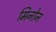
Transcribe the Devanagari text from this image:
मिनोन